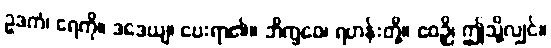
ဥဒကံ၊ ရေကို။ ဒဒေယျ၊ ပေးရာ၏။ ဘိက္ခဝေ၊ ရဟန်းတို့။ ဧဝဉှိ၊ ဤသို့လျှင်။